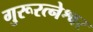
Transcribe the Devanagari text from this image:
गुरूरत्नेश्वर